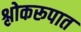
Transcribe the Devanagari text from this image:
श्लोकरूपात